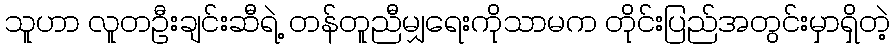
သူဟာ လူတဦးချင်းဆီရဲ့ တန်တူညီမျှရေးကိုသာမက တိုင်းပြည်အတွင်းမှာရှိတဲ့